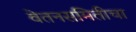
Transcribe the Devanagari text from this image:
वेतनसमितीचा